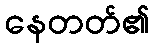
နေတတ်၏